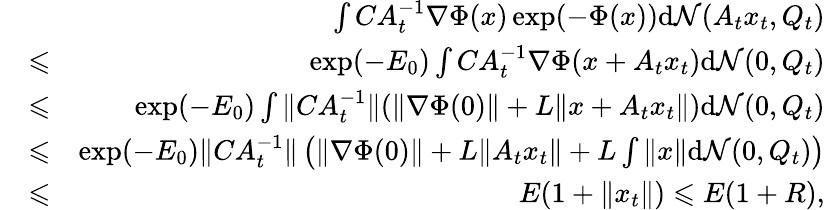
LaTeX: \begin{array}{rlr}&{}&{\int CA_{t}^{-1}\nabla\Phi(x)\exp(-\Phi(x))\mathrm{d}\mathcal{N}(A_{t}x_{t},Q_{t})}\\ &{\leqslant}&{\exp(-E_{0})\int CA_{t}^{-1}\nabla\Phi(x+A_{t}x_{t})\mathrm{d}\mathcal{N}(0,Q_{t})}\\ &{\leqslant}&{\exp(-E_{0})\int\| CA_{t}^{-1}\| (\| \nabla\Phi(0)\| +L\| x+A_{t}x_{t}\| )\mathrm{d}\mathcal{N}(0,Q_{t})}\\ &{\leqslant}&{\exp(-E_{0})\| CA_{t}^{-1}\| \left(\| \nabla\Phi(0)\| +L\| A_{t}x_{t}\| +L\int\| x\| \mathrm{d}\mathcal{N}(0,Q_{t})\right)}\\ &{\leqslant}&{E(1+\| x_{t}\| )\leqslant E(1+R),}\end{array}